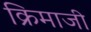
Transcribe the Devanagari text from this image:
क्रिमाजी